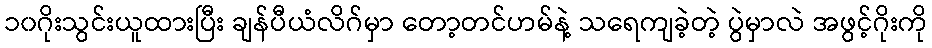
၁၀ဂိုးသွင်းယူထားပြီး ချန်ပီယံလိဂ်မှာ တော့တင်ဟမ်နဲ့ သရေကျခဲ့တဲ့ ပွဲမှာလဲ အဖွင့်ဂိုးကို